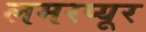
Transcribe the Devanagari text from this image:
लमरप्यूर